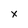
Character: x